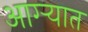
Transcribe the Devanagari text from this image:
आग्ऱ्यात